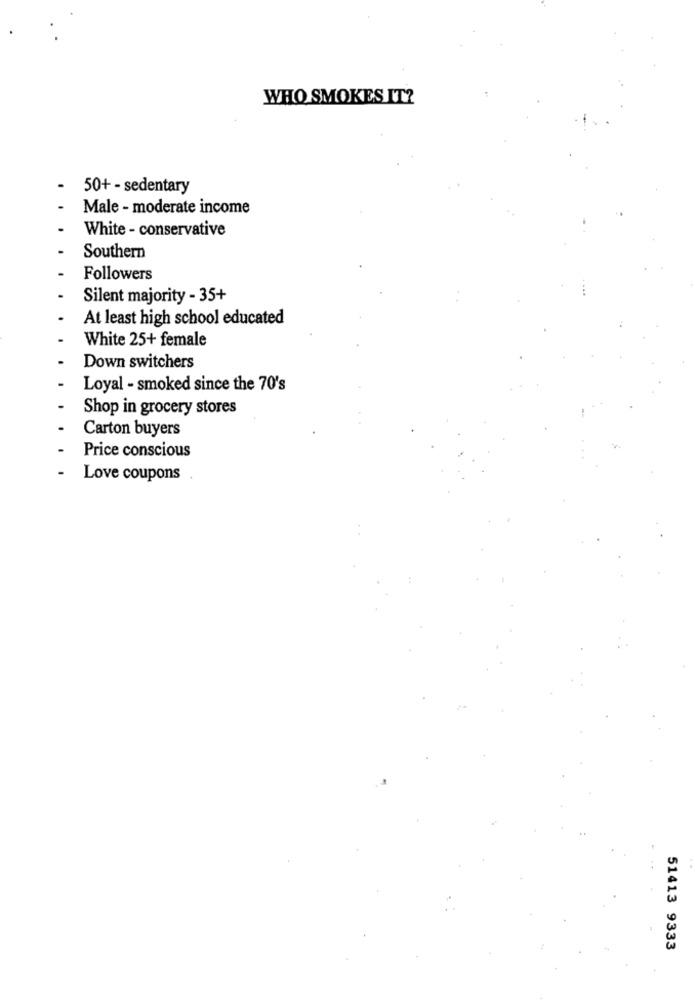
WHO SMOKES IT?
50+ - sedentary
Male - moderate income
White - conservative
Southern
Followers
Silent majority - 35+
At least high school educated
White 25+ female
Down switchers
Loyal - smoked since the 70's
Shop in grocery stores
Carton buyers
Price conscious
Love coupons .
51413 9333